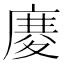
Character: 𢊋